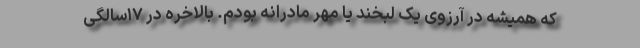
که همیشه در آرزوی یک لبخند یا مهر مادرانه بودم. بالاخره در ۱۷سالگی